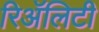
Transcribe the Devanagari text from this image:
रिॲलिटी